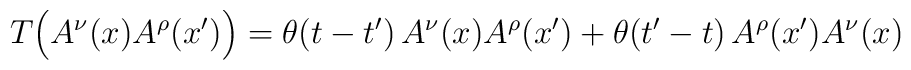
T\Bigl(A^\nu(x)A^\rho(x^\prime)\Bigr)=\theta(t-t^\prime)\,A^\nu(x)A^\rho(x^\prime)+\theta(t^\prime-t)\,A^\rho(x^\prime)A^\nu(x)